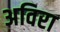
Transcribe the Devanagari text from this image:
अविरा